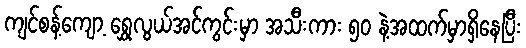
ကျင်စန့်ကျော့ ရွှေလွယ်အင်ကွင်းမှာ အသီးကား ၅၀ နဲ့အထက်မှာရှိနေပြီး